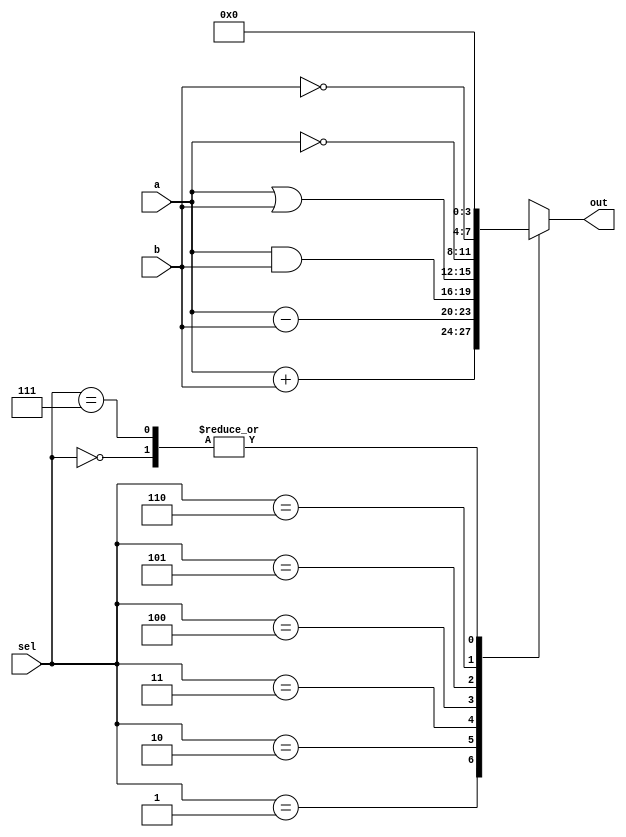
module alu(input[3:0]a,input[3:0]b,input[2:0]sel, output reg[3:0] out);

always@(*) begin
	case(sel[2:0])
	    3'b000:out=0;
            3'b001:out=a+b;
            3'b010:out=a-b;
            3'b011:out=a&b;
            3'b100:out=a|b;
            3'b101:out=~a;
            3'b110:out=~b;	
            3'b111:out=0;
            default:out=0;
        endcase
end

endmodule